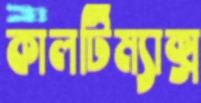
কালটিম্যাক্স